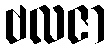
ဗလဇာ